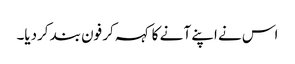
اس نے اپنے آ نے کا کہہ کر فون بند کردیا۔